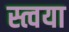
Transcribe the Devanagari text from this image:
स्त्वया